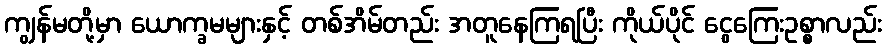
ကျွန်မတို့မှာ ယောက္ခမများနှင့် တစ်အိမ်တည်း အတူနေကြရပြီး ကိုယ်ပိုင် ငွေကြေးဥစ္စာလည်း